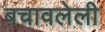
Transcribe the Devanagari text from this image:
बचावलेली